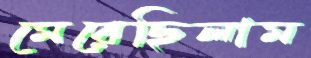
মেরেছিলাম